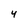
Character: 4